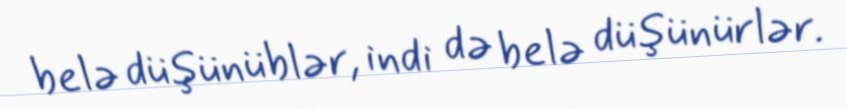
belə düşünüblər, indi də belə düşünürlər.